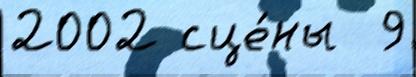
2002 сце́ны  9